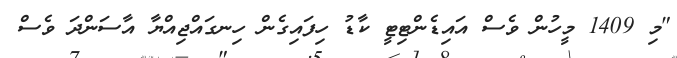
"މި 1409 މީހުން ވެސް އައިޑެންޓިޓީ ކާޑު ހިފައިގެން ހިނގައްޖިއްޔާ އާސަންދަ ވެސް